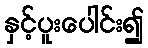
နှင့်ပူးပေါင်း၍